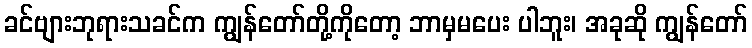
ခင်ဗျားဘုရားသခင်က ကျွန်တော်တို့ကိုတော့ ဘာမှမပေး ပါဘူး၊ အခုဆို ကျွန်တော်